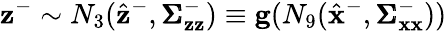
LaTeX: \mathbf{z}^{-}\sim N_{3}(\hat{\mathbf{z}}^{-},\pmb{\Sigma}_{\mathbf{z}\mathbf{z}}^{-})\equiv\mathbf{g}(N_{9}(\hat{\mathbf{x}}^{-},\pmb{\Sigma}_{\mathbf{x}\mathbf{x}}^{-}))